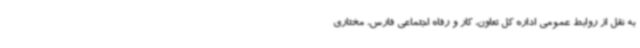
به نقل از روابط عمومی اداره کل تعاون، کار و رفاه اجتماعی فارس، مختاری